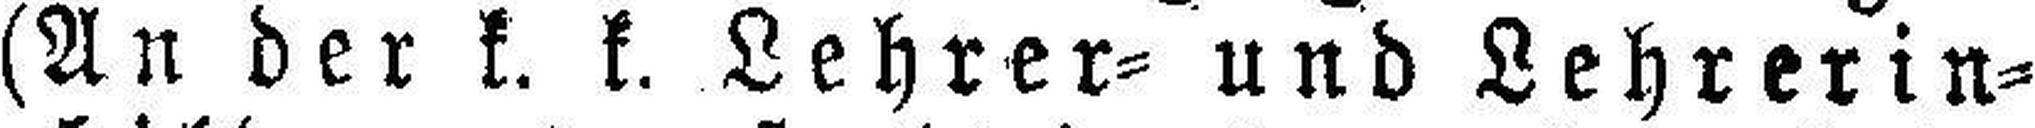
(An der k. k. Lehrer= und Lehrerin¬